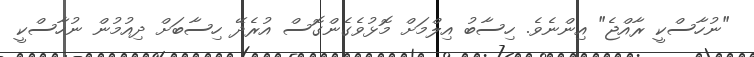
"ނުހާސްކީ ރާއްޖެ" އިންނެވެ. ހިސާބު އިލްމަށް މޮޅުވެގެންގޮސް އުރެދޭ ހިސާބަށް ދިއުމުން ނުހާސްކީ